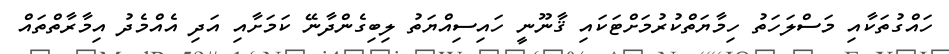
ހައްގުތަކާއި މަސްލަހަތު ހިމާޔަތްކުރުމަށްޓަކައި ޤާނޫނީ ހައިސިއްޔަތު ލިބިގެންދާނޭ ކަަމަށާއި އަދި އެއްމެދު އިމާރާތްތައް